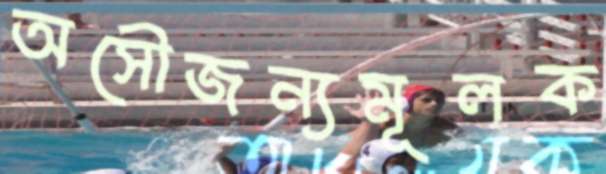
অসৌজন্যমূলক